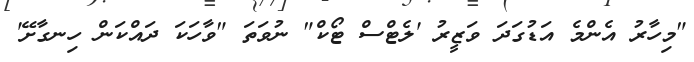
"މިހާރު އެންމެ އަޑުގަދަ ވަޒީރު 'ލެޓްސް ޓޯކް" ނުވަތަ "ވާހަކަ ދައްކަން ހިނގާށޭ'